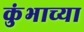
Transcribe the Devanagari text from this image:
कुंभाच्या